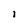
Character: i